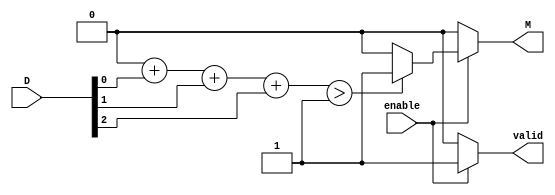
module MajorityVotingDetector #(
    parameter N = 3  // Number of inputs (should be an odd number for simpler majority decision)
) (
    input wire [N-1:0] D,     // Data inputs
    input wire enable,         // Enable signal
    output reg M,              // Majority output
    output reg valid           // Status output
);

    reg [N:0] count_one;       // Counter for ones
    integer i; 

    always @(*) begin
        if(enable) begin
            count_one = 0;

            // Count number of 1's in the input
            for (i = 0; i < N; i = i + 1) begin
                count_one = count_one + D[i];
            end

            // Determine the majority output based on the count of 1's
            if(count_one > N / 2) begin
                M = 1;
                valid = 1;
            end else begin
                M = 0;
                valid = 1;
            end
        end else begin
            valid = 0;  // Output is not valid if enable is low
            M = 0;      // Default output
        end
    end

endmodule